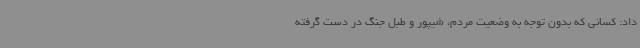
داد: کسانی که بدون توجه به وضعیت مردم، شیپور و طبل جنگ در دست گرفته